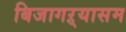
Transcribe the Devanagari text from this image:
बिजागऱ्यासम